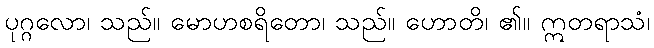
ပုဂ္ဂလော၊ သည်။ မောဟစရိတော၊ သည်။ ဟောတိ၊ ၏။ ဣတရာသံ၊